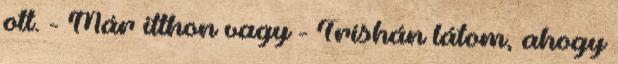
ott. - Már itthon vagy - Trishán látom, ahogy